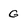
Character: G